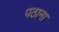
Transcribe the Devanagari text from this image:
पठाना